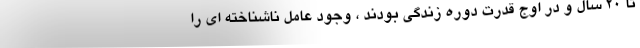
تا ۲۰ سال و در اوج قدرت دوره زندگی بودند ، وجود عامل ناشناخته ای را